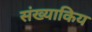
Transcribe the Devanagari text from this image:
संख्याकिय